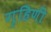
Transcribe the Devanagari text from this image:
गृहिणीं